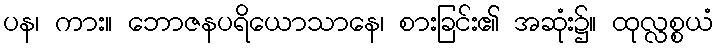
ပန၊ ကား။ ဘောဇနပရိယောသာနေ၊ စားခြင်း၏ အဆုံး၌။ ထုလ္လစ္စယံ